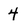
Character: 4